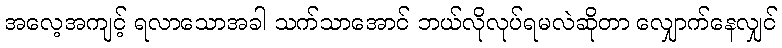
အလေ့အကျင့် ရလာသောအခါ သက်သာအောင် ဘယ်လိုလုပ်ရမလဲဆိုတာ လျှောက်နေလျှင်